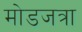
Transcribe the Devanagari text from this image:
मोडजत्रा